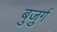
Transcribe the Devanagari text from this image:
बुजु़र्ग